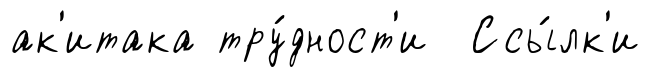
ак'итака тру́дност'и Ссы́лк'и